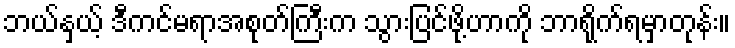
ဘယ်နှယ့် ဒီကင်မရာအစုတ်ကြီးက သွားပြင်ဖို့ဟာကို ဘာရိုက်ရမှာတုန်း။